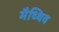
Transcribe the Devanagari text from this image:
मैथ्थिव